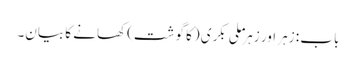
باب : زہر اور زہر ملی بکری (کا گوشت) کھانے کا بیان۔